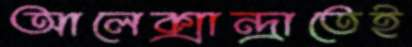
আলেক্সান্দ্রাতেই